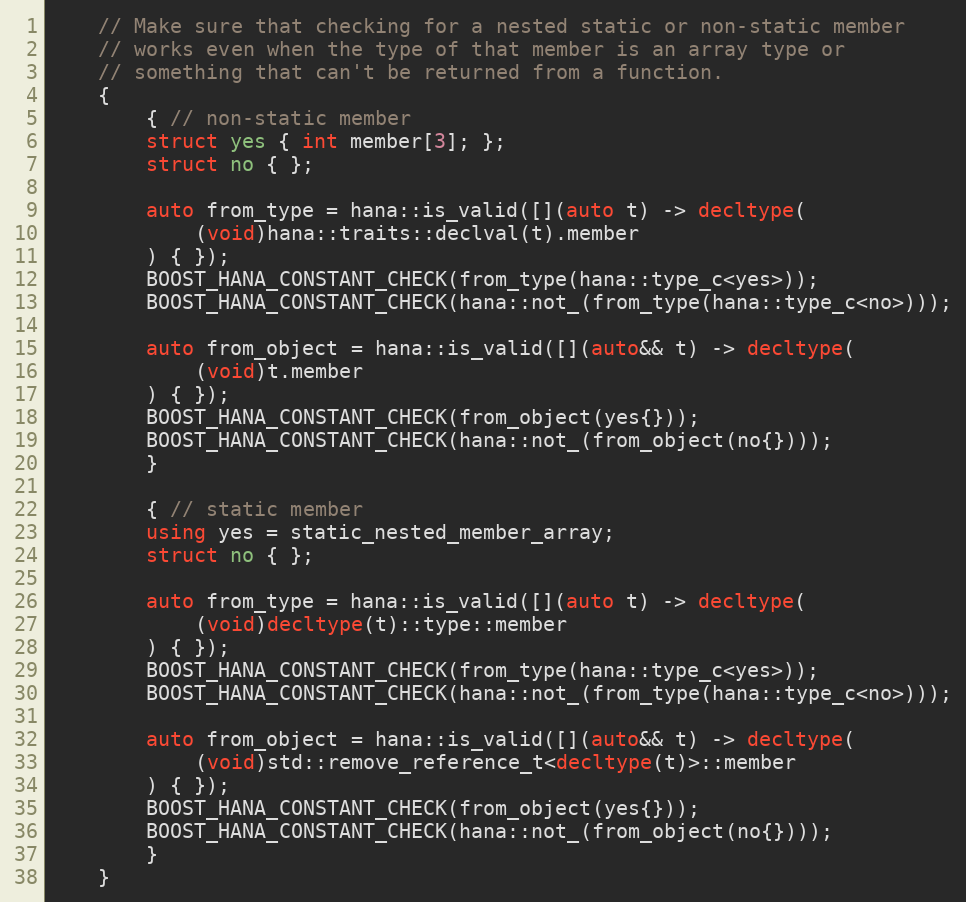
Language: C++
    // Make sure that checking for a nested static or non-static member
    // works even when the type of that member is an array type or
    // something that can't be returned from a function.
    {
        { // non-static member
        struct yes { int member[3]; };
        struct no { };

        auto from_type = hana::is_valid([](auto t) -> decltype(
            (void)hana::traits::declval(t).member
        ) { });
        BOOST_HANA_CONSTANT_CHECK(from_type(hana::type_c<yes>));
        BOOST_HANA_CONSTANT_CHECK(hana::not_(from_type(hana::type_c<no>)));

        auto from_object = hana::is_valid([](auto&& t) -> decltype(
            (void)t.member
        ) { });
        BOOST_HANA_CONSTANT_CHECK(from_object(yes{}));
        BOOST_HANA_CONSTANT_CHECK(hana::not_(from_object(no{})));
        }

        { // static member
        using yes = static_nested_member_array;
        struct no { };

        auto from_type = hana::is_valid([](auto t) -> decltype(
            (void)decltype(t)::type::member
        ) { });
        BOOST_HANA_CONSTANT_CHECK(from_type(hana::type_c<yes>));
        BOOST_HANA_CONSTANT_CHECK(hana::not_(from_type(hana::type_c<no>)));

        auto from_object = hana::is_valid([](auto&& t) -> decltype(
            (void)std::remove_reference_t<decltype(t)>::member
        ) { });
        BOOST_HANA_CONSTANT_CHECK(from_object(yes{}));
        BOOST_HANA_CONSTANT_CHECK(hana::not_(from_object(no{})));
        }
    }